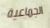
الجماعية